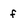
Character: f